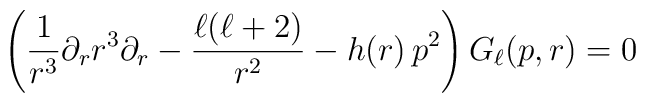
\left(\frac{1}{r^3}\partial_r r^3\partial_r -\frac{\ell (\ell +2)}{r^2}-h(r)\,p^2 \right) G_\ell (p, r) =0